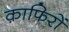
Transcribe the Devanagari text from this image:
क़ाफिरों